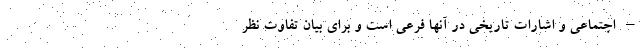
– اجتماعی و اشارات تاریخی در آنها فرعی است و برای بیان تفاوت نظر